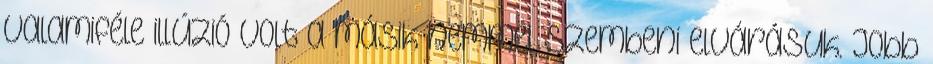
valamiféle illúzió volt a másik nemmel szembeni elvárásuk. Jobb